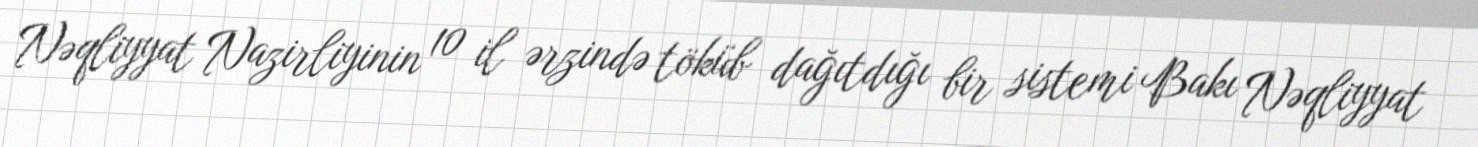
Nəqliyyat Nazirliyinin 10 il ərzində töküb dağıtdığı bir sistemi Bakı Nəqliyyat